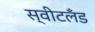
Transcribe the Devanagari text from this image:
स्वीटलँड